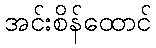
အင်းစိန်ထောင်